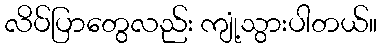
လိပ်ပြာတွေလည်း ကျုံ့သွားပါတယ်။